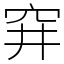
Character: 穽